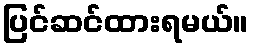
ပြင်ဆင်ထားရမယ်။